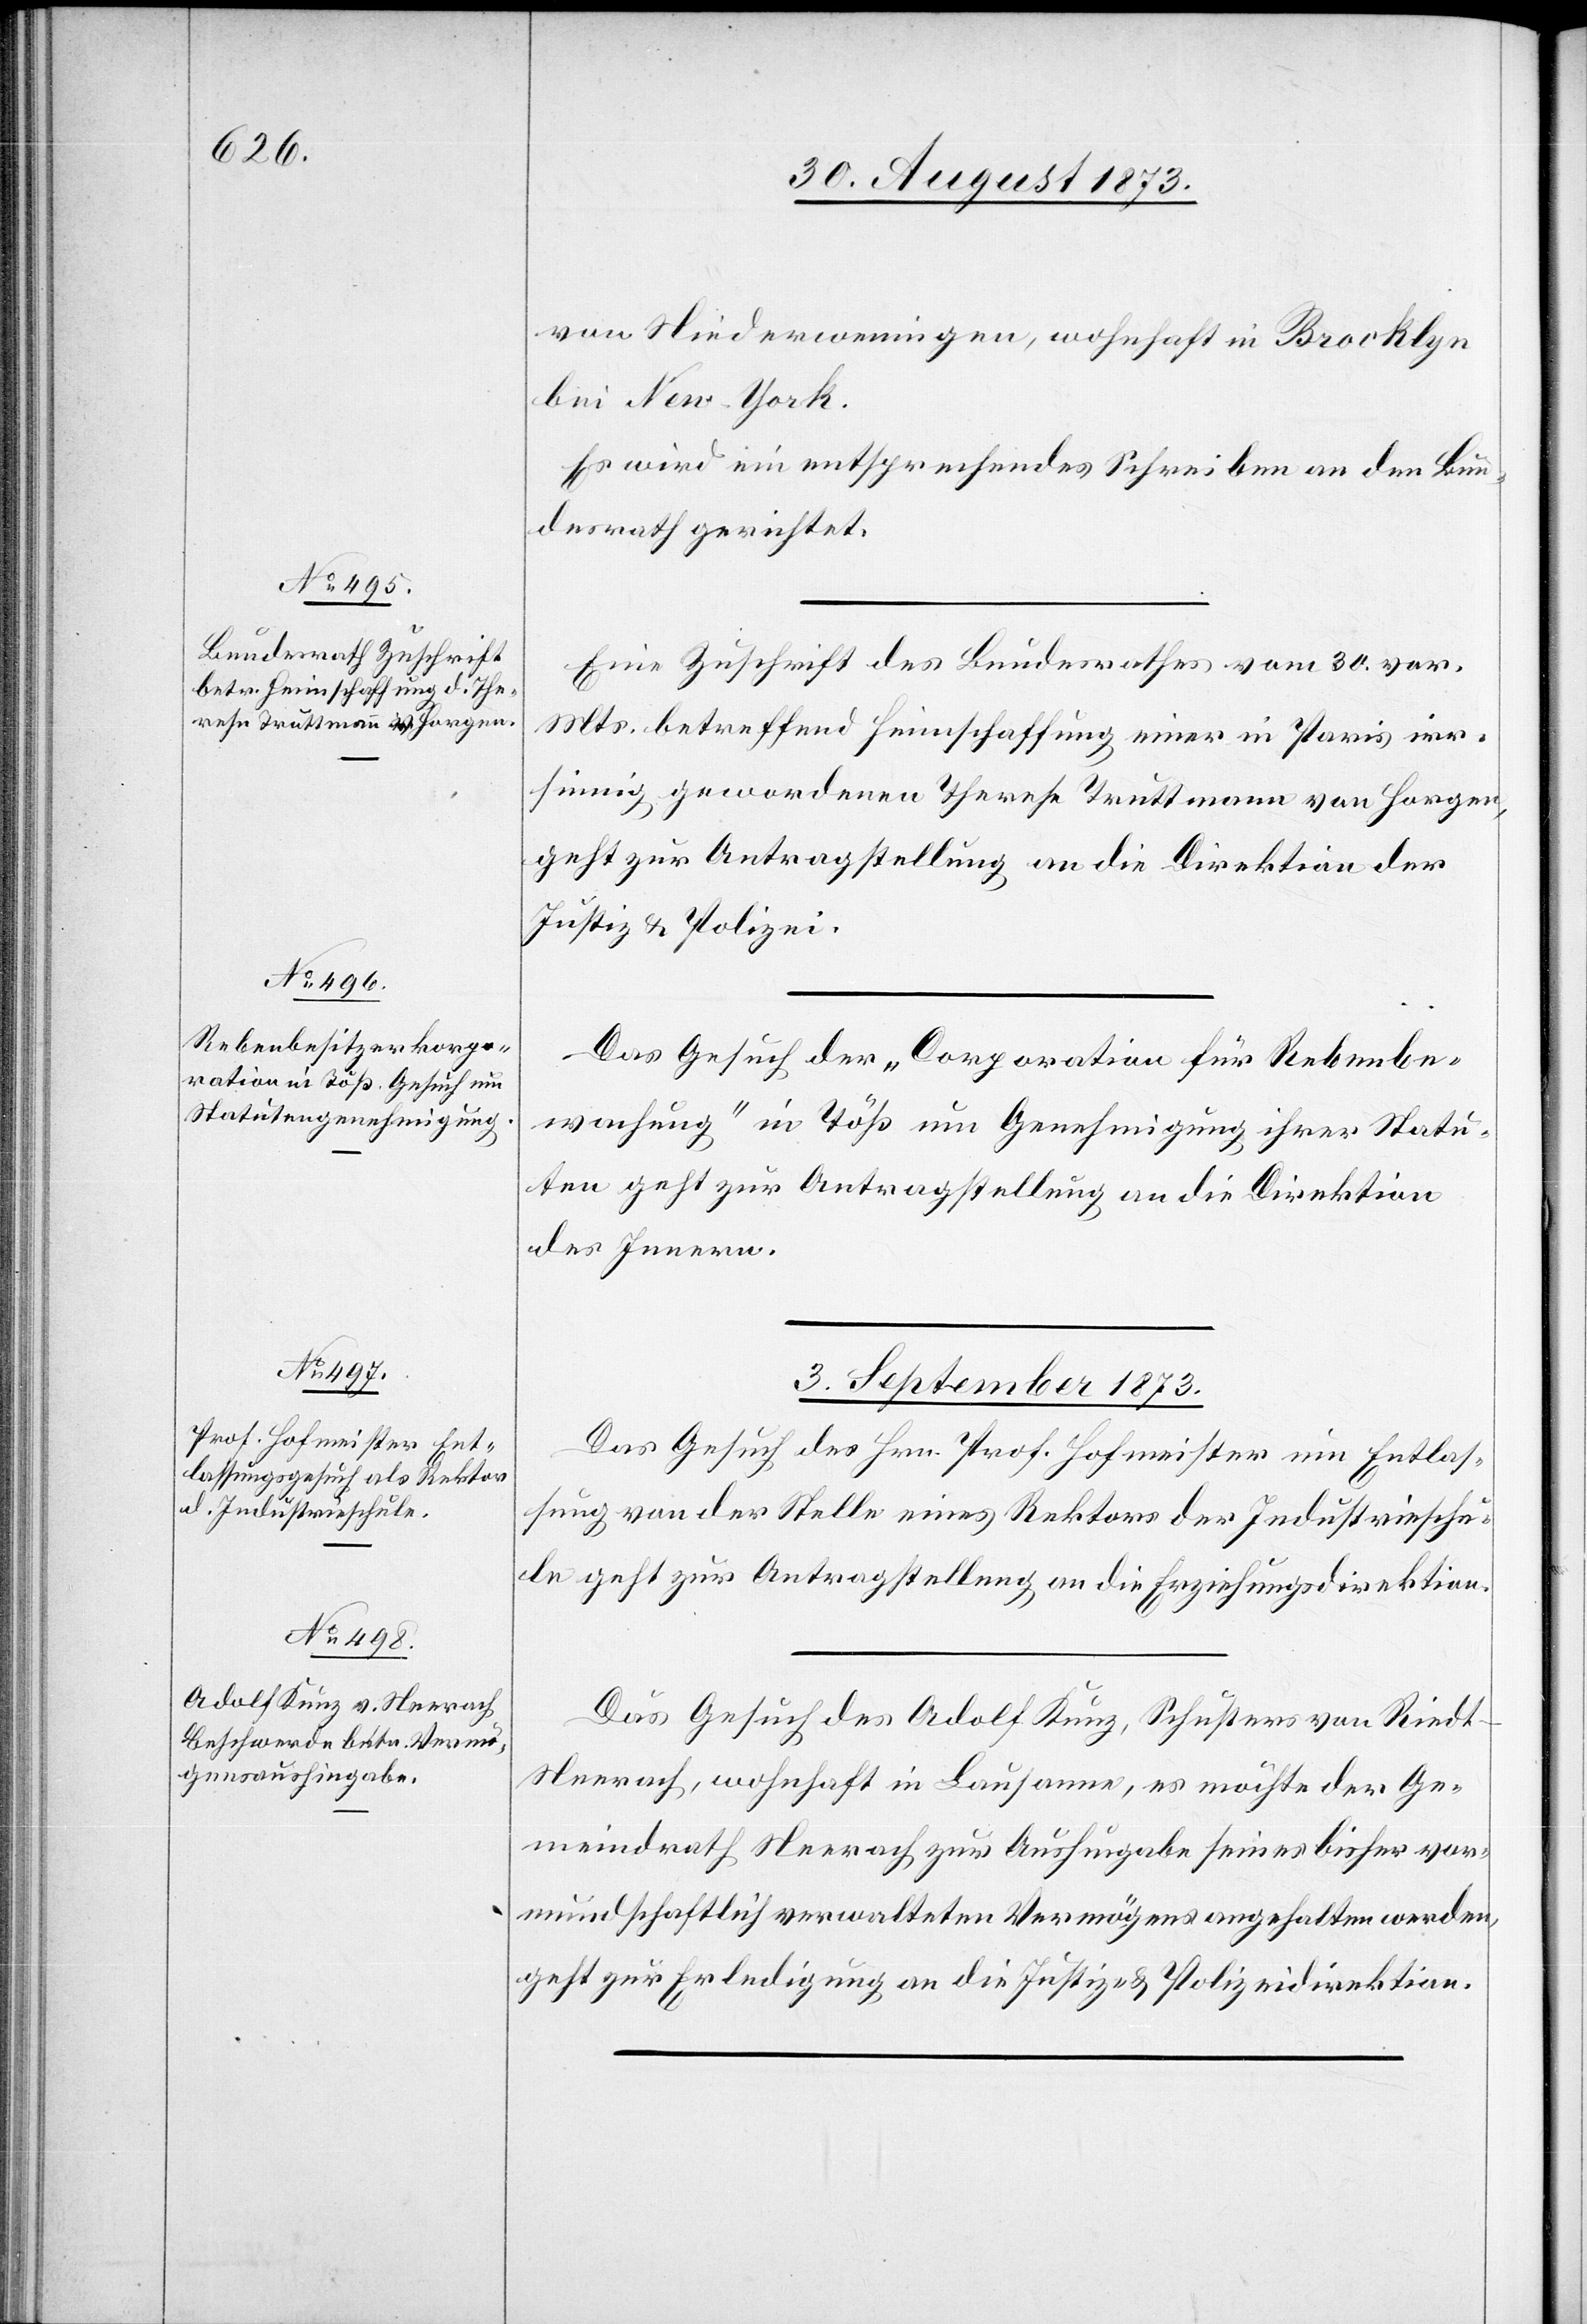
von Niederweningen, wohnhaft in Brocklyn
bei New-York.
Es wird ein entsprechendes Schreiben an den Bun¬
desrath gerichtet.
Eine Zuschrift des Bundesrathes vom 30. vor.
Mts. betreffend Heimschaffung einer in Paris irr¬
sinnig gewordenen Therese Truttmann von Horgen,
geht zur Antragstellung an die Direktion der
Justiz & Polizei.
Das Gesuch der „Corporation für Rebenbe¬
wachung“ in Töß um Genehmigung ihrer Statu¬
ten geht zur Antragstellung an die Direktion
des Innern.
3. September 1873.]
Das Gesuch des Hrn. Prof. Hofmeister um Entlas¬
sung von der Stelle eines Rektors der Industrieschu¬
le geht zur Antragstellung an die Erziehungsdirektion.
Das Gesuch des Adolf Kunz, Schusters von Riedt
Neerach, wohnhaft in Lausanne, es möchte der Ge¬
meindrath Neerach zur Aushingabe seines bisher vor¬
mundschaftlich verwalteten Vermögens angehalten werden,
geht zur Erledigung an die Justiz- & Polizeidirektion.